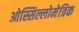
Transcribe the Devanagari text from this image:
ओस्सिल्लोमेत्रिक